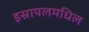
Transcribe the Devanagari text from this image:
इस्रायलमधिल